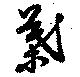
葉